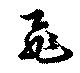
飛